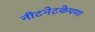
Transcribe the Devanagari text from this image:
नीटनेटकेपणा